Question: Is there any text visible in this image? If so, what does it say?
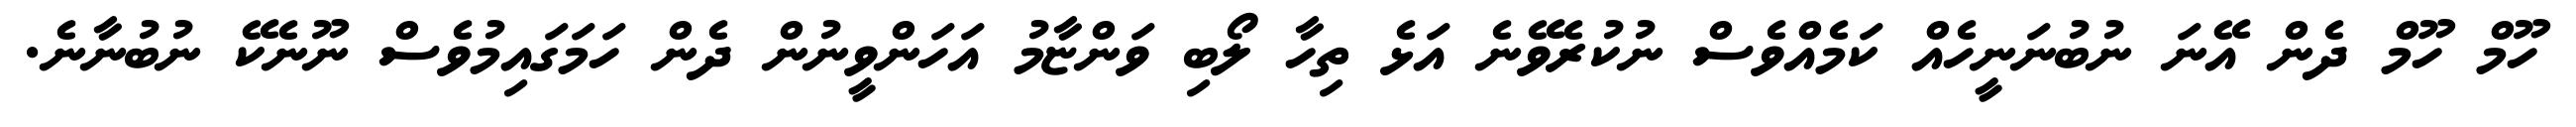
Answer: ހޫމް ހޫމް ދެން އޭނަ ނުބުނަނީހެއް ކަމެއްވެސް ނުކުރެވޭނެ އަޅެ ތިހާ ލޯބި ވަންޏާމު އަހަންވީނުން ދެން ހަމަގައިމުވެސް ނޫނެކޭ ނުބުނާނެ.